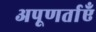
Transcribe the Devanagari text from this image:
अपूणर्ताएँ